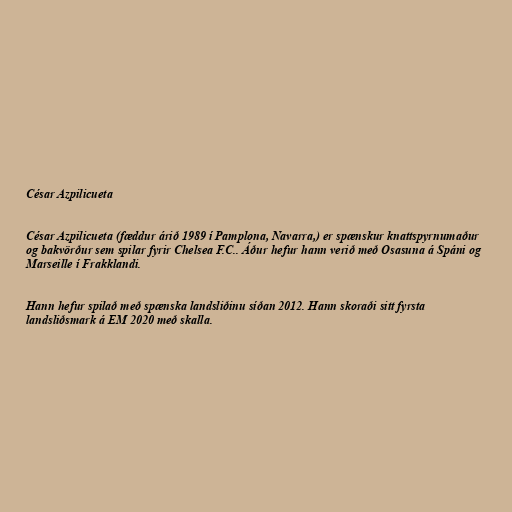
César Azpilicueta

César Azpilicueta (fæddur árið 1989 í Pamplona, Navarra,) er spænskur knattspyrnumaður
og bakvörður sem spilar fyrir Chelsea F.C.. Áður hefur hann verið með Osasuna á Spáni og
Marseille í Frakklandi.

Hann hefur spilað með spænska landsliðinu síðan 2012. Hann skoraði sitt fyrsta
landsliðsmark á EM 2020 með skalla.